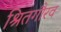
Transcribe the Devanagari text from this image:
श्रितगौरव